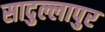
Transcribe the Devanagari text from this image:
सादुल्लापुर